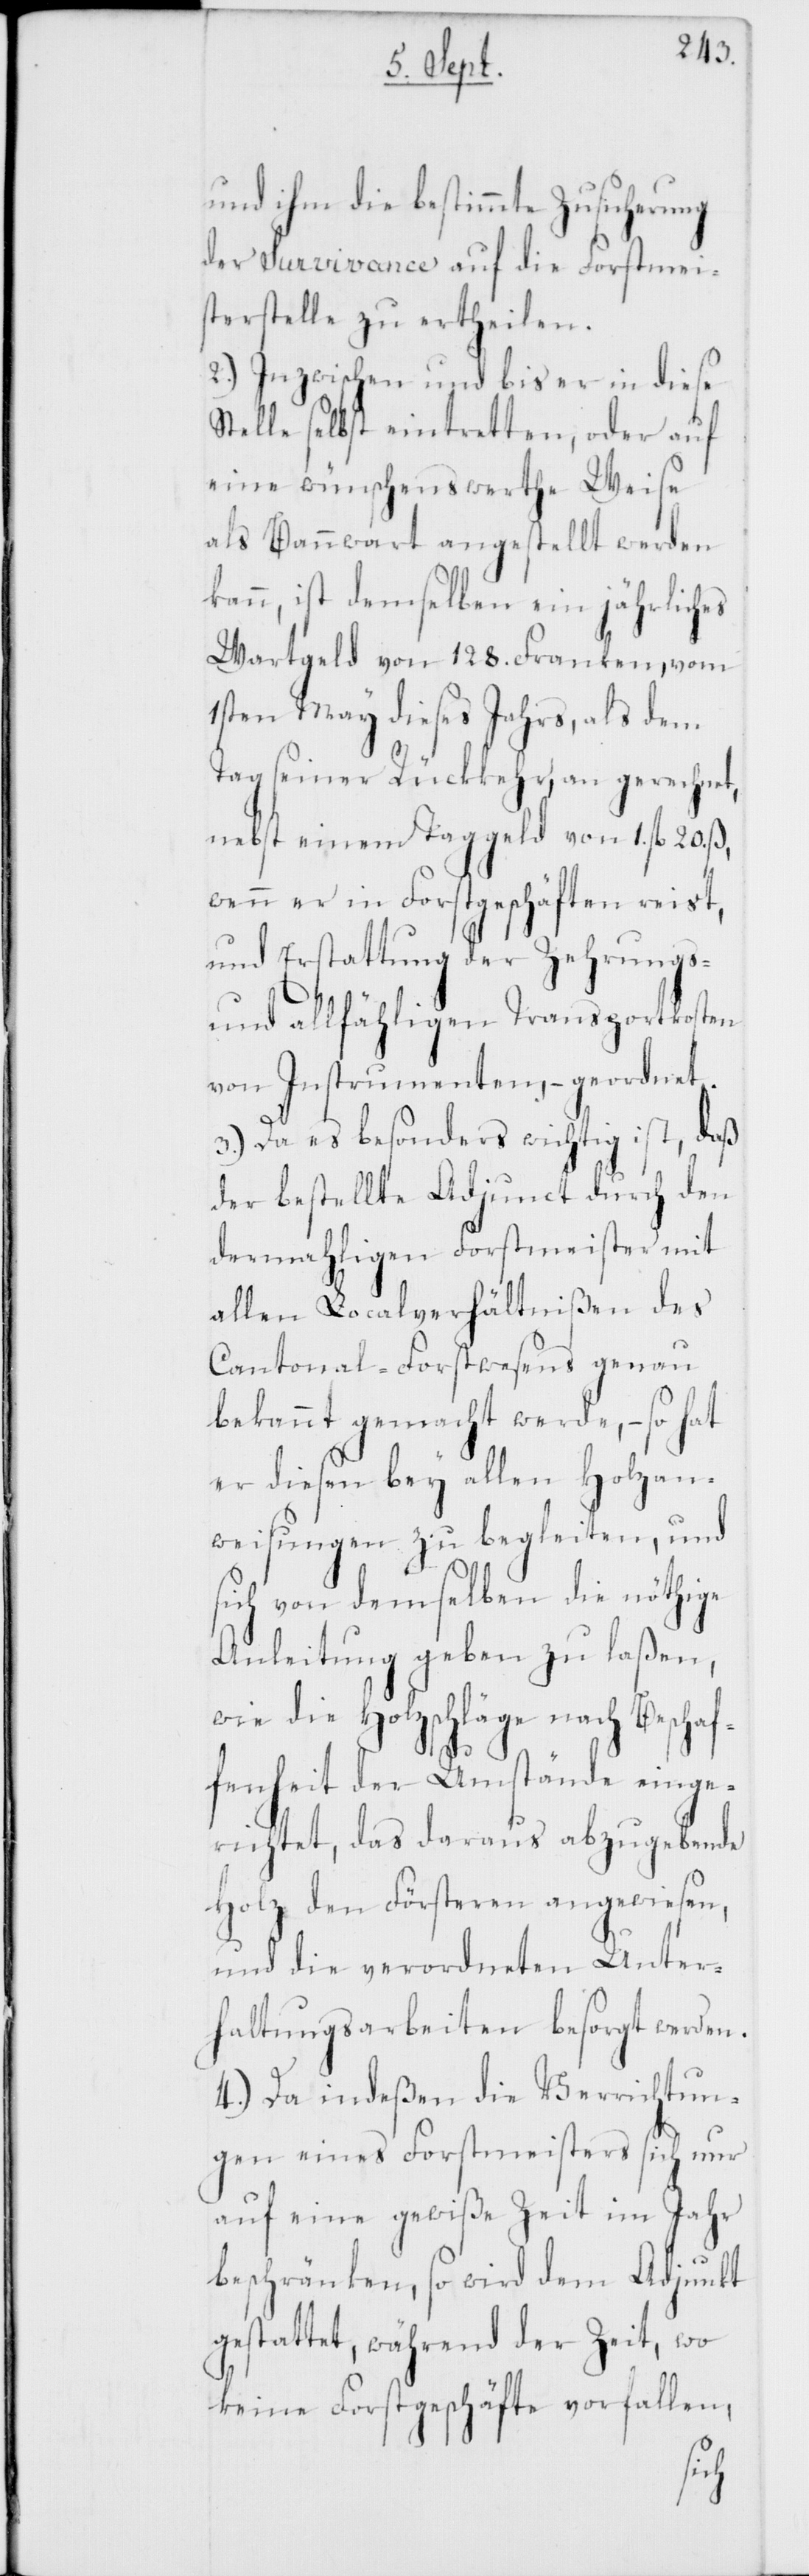
und ihm die bestimmte Zusicherung
der Survivance auf die Forstmei¬
sterstelle zu ertheilen.
2.) Inzwischen und bis er in diese
Stelle selbst eintretten, oder auf
eine wünschenswerte Weise
als Bannwart angestellt werden
kann, ist demselben ein jährliches
Wartgeld von 128. Franken, vom
1sten May dieses Jahrs, als dem
Tag seiner Rückkehr an gerechnet,
nebst einem Taggeld von 1. fl.
wenn er in Forstgeschäften reist,
und Erstattung der Zehrungs-
und allfähligen Transportkosten
von Instrumenten, – geordnet.
3.) Da es besonders wichtig ist, daß
der bestellte Adjunct durch den
dermahligen Forstmeister mit
allen Localverhältnißen des
Cantonal-Forstwesens genau
bekannt gemacht werde, – so hat
er diesen bey allen Holzan¬
weisungen zu begleiten, und
sich von demselben die nöthige
Anleitung geben zu laßen,
wie die Holzschläge nach Beschaf¬
fenheit der Umstände einge¬
richtet, das daraus abzugebende
Holz den Försteren angewiesen,
und die verordneten Unter¬
haltungsarbeiten besorgt werden.
4.) Da indeßen die Verrichtun¬
gen eines Forstmeisters sich nur
auf eine gewiße Zeit im Jahr
beschränken, so wird dem Adjunkt
gestattet, während der Zeit, wo
keine Forstgeschäfte vorfallen,